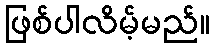
ဖြစ်ပါလိမ့်မည်။